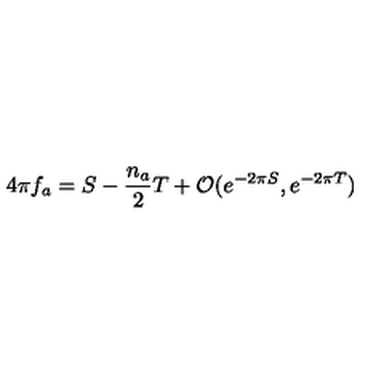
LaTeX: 4 \pi f _ { a } = S - \frac { n _ { a } } { 2 } T + { \cal O } ( e ^ { - 2 \pi S } , e ^ { - 2 \pi T } )